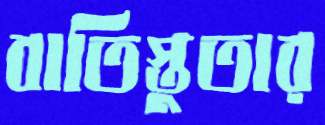
বাতিস্তুতার